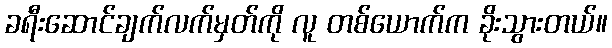
ခရီးဆောင်ချက်လက်မှတ်ကို လူ တစ်ယောက်က ခိုးသွားတယ်။